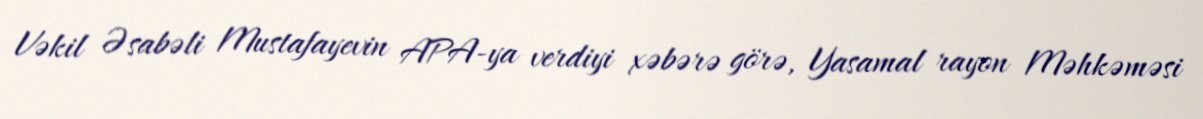
Vəkil Əsabəli Mustafayevin APA-ya verdiyi xəbərə görə, Yasamal rayon Məhkəməsi